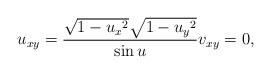
LaTeX: \begin{align*}u_{xy} = \frac{\sqrt{1-{u_x}^2}\sqrt{1 - {u_y}^2}}{\sin u} v_{xy} = 0,\end{align*}